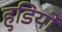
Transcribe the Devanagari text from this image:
हुडियों